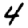
Digit: 4